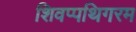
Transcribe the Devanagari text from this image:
शिवप्पथिगरम